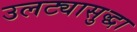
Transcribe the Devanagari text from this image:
उलट्यासुद्धा